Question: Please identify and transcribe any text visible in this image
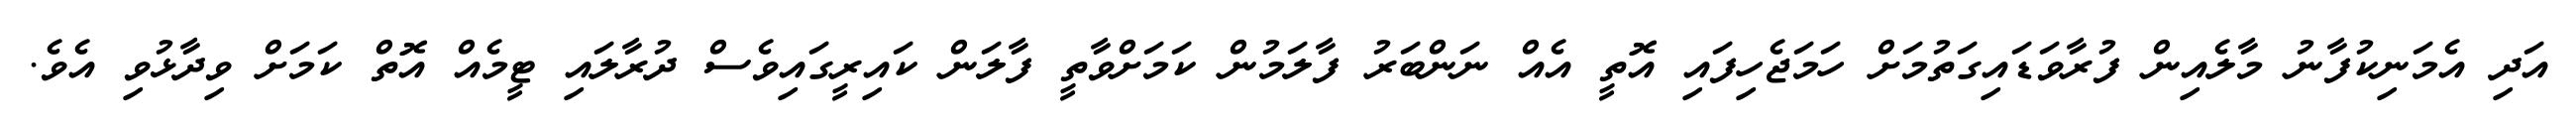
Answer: އަދި އެމަނިކުފާނު މާލެއިން ފުރާވަޑައިގަތުމަށް ހަމަޖެހިފައި އޮތީ އެއް ނަންބަރު ފާލަމުން ކަމަށްވާތީ ފާލަން ކައިރީގައިވެސް ދުރާލައި ޓީމެއް އޮތް ކަމަށް ވިދާޅުވި އެވެ.